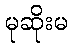
မုဆိုးမ